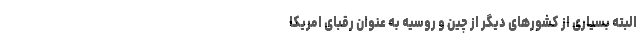
البته بسیاری از کشورهای دیگر از چین و روسیه به عنوان رقبای امریکا